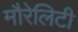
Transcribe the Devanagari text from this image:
मौरेलिटी